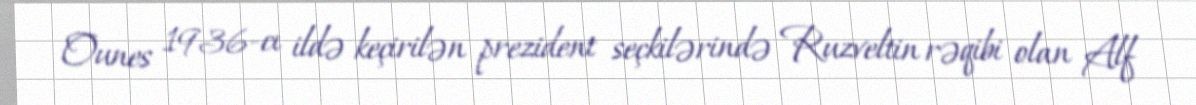
Ounes 1936-cı ildə keçirilən prezident seçkilərində Ruzveltin rəqibi olan Alf